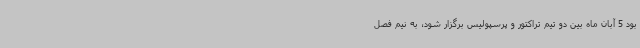
بود 5 آبان ماه بین دو تیم تراکتور و پرسپولیس برگزار شود، به نیم فصل